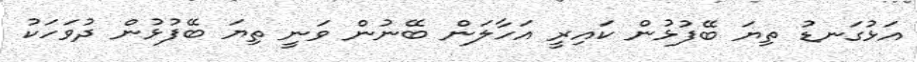
އަޅުގަނޑު ތިޔަ ބޭފުޅުން ކައިރީ އަހާލަން ބޭނުން ވަނީ ތިޔަ ބޭފުޅުން ދުވަހަކު